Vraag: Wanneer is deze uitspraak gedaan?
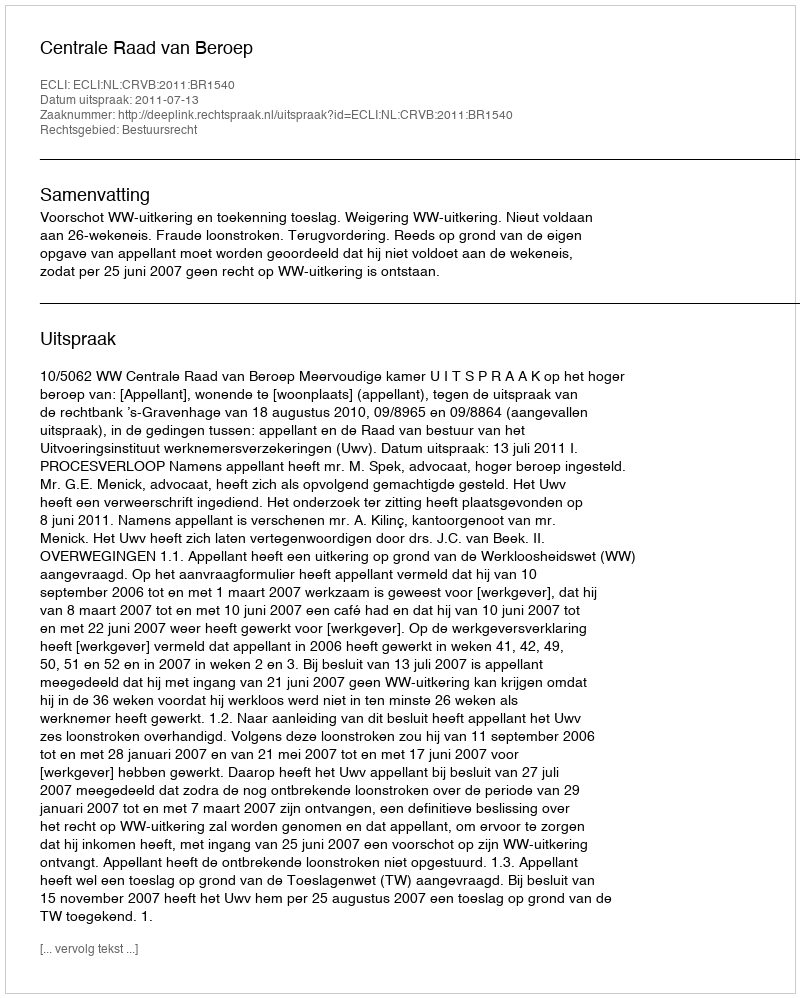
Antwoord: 2011-07-13